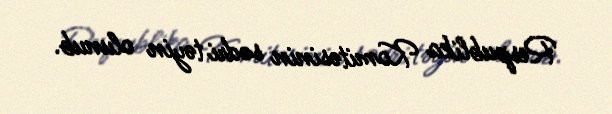
Respublika Komitəsinin sədri təyin olunub.